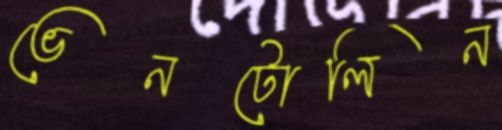
ভেনটোলিন